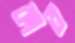
কার